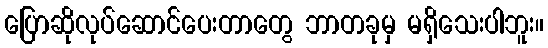
ပြောဆိုလုပ်ဆောင်ပေးတာတွေ ဘာတခုမှ မရှိသေးပါဘူး။